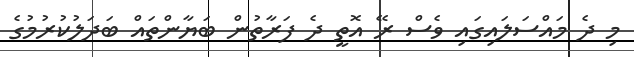
މި ދެ މައްސަލައިގައި ވެސް ރޭ އޮތީ ދެ ފަރާތުން ބަޔާންތައް ބަދަލުކުރުމުގެ